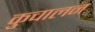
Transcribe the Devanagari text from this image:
कुचालन